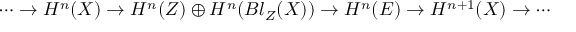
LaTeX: \cdots \to H ^ { n } ( X ) \to H ^ { n } ( Z ) \oplus H ^ { n } ( B l _ { Z } ( X ) ) \to H ^ { n } ( E ) \to H ^ { n + 1 } ( X ) \to \cdots